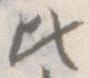
ひ